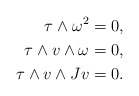
\begin{align*} \tau \wedge \omega^2 &= 0,\\ \tau \wedge v \wedge \omega & = 0,\\ \tau \wedge v \wedge J v & = 0. \end{align*}